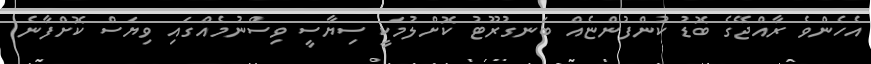
އެހެންވެ ރާއްޖޭގެ ބޮޑު ކުންފުންޏެއް ބަނގުރޫޓު ކޮށްލުމަކީ ސިޔާސީ ވިސްނުމެއްގައި ވިޔަސް ކޮށްފާނެ